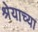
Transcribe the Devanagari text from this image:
श्रेयाच्या